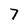
Character: 7